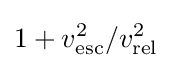
1+v_{\text{esc}}^{2}/v_{\text{rel}}^{2}